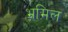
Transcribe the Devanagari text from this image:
भ्रमिल